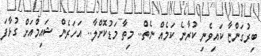
ބިރުގަންޏާ ކައިވެނި ކުރާނެ ކަމެއް ނެތް.. މިތާ މަޑުކޮށްލާ.. އަހަރެން ޝައިމްއަށް ގުޅާފަ